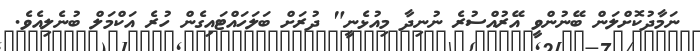
ނަމާދުކޮށްލަން ބޭނުންވީ އޭރުއްސުރެ ނުނިދާ މިއުޅެނީ" ދުރަށް ބަލަހައްޓައިގެން ހުރެ އަކްމަލް ބުނެލިއެވެ.